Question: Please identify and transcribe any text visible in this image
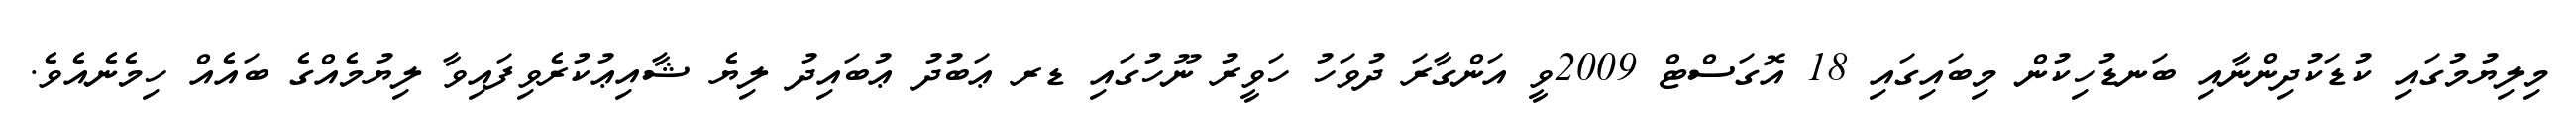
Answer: މިލިޔުމުގައި ކުޑަކުދިންނާއި ބަނޑުހިކުން މިބައިގައި 18 އޮގަސްޓް 2009ވީ އަންގާރަ ދުވަހު ހަވީރު ނޫހުގައި ޑރ ޢަބުދު ޢުބައިދު ލިޔެ ޝާއިޢުކުރެވިފައިވާ ލިޔުމެއްގެ ބައެއް ހިމެނެއެވެ.